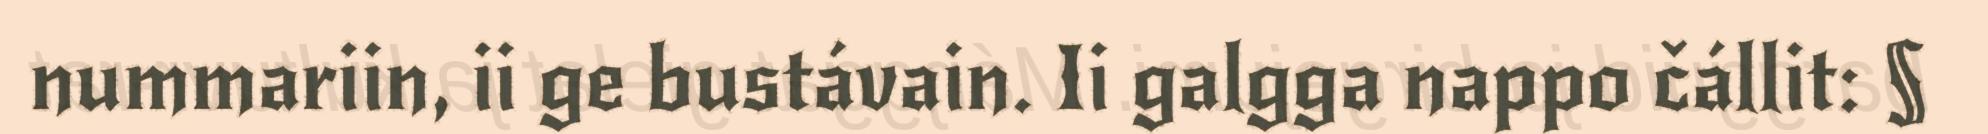
nummariin, ii ge bustávain. Ii galgga nappo čállit: §